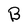
Character: B